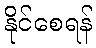
နိုင်စေရန်